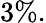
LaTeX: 3\% .